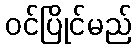
ဝင်ပြိုင်မည်